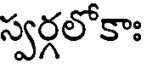
స్వర్గలోకాః